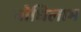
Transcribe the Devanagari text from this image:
बोधिलाभ